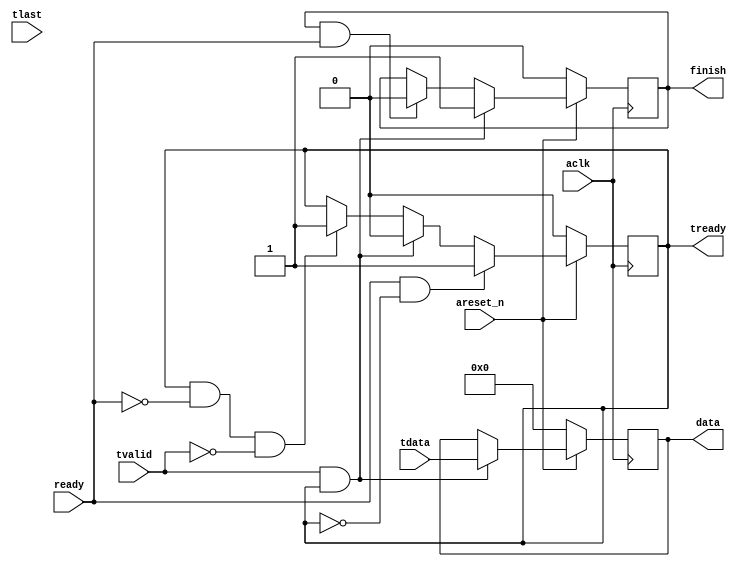

module axis_s(input areset_n,
              input aclk,
              output reg [31:0] data,   // data that axis slave will receive
              input ready,      // user app is reafy to accept data, no slave can receive a data
              
              output reg tready,
              input tvalid,
              input tlast,
              input [31:0] tdata,
              
              output reg finish     // transaction is completed   
    );
    
    // handshake happens between master and slave
    wire handshake;
    assign handshake = tvalid & tready;

    // tready 
    always @(posedge aclk)
    begin
        if(~areset_n)
            tready <= 1'b0;
        else if(ready && ~tready) // first time ready comes
            tready <= 1'b1;
        else if(handshake)  // handshake happen, read goes low
            tready <= 1'b0;
        else if( tready && ~ready && ~tvalid)   // keep tready high, when user disables ready
            tready <= 1'b1;
        else
            tready <= tready;   // keep the value of tready                          
    end
    
    // data
    always @(posedge aclk)
    begin
        if(~areset_n)
            data <= 1'b0;
        else if(handshake)
            data <= tdata;
        else
            data <= data;        
    end
    
    // finish
    always @(posedge aclk)
    begin
        if(~areset_n)
            finish <= 1'b0;
        else if(handshake)
            finish <= 1'b1;
        else if(finish == 1 && ready)
            finish <= 0;
        else
            finish <= finish;                
    end 
endmodule